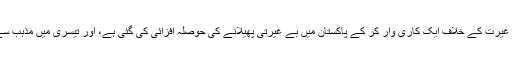
ایک میں یہودیوں کی مظلومیت دکھائی گئی ہے، دوسری میں غیرت کے خلاف ایک کاری وار کر کے پاکستان میں بے غیرتی پھیلانے کی حوصلہ افزائی کی گئی ہے، اور تیسری میں مذہب سے لوگوں کو خوفزدہ اور بیزار کرنے کی کوشش کی گئی ہے۔